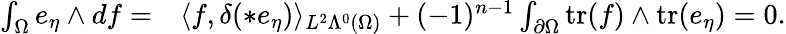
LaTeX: \begin{array}{rl}{\int_{\Omega}e_{\eta}\wedge df=}&{{}\langle f,\delta(\ast e_{\eta})\rangle_{L^{2}\Lambda^{0}(\Omega)}+(-1)^{n-1}\int_{\partial\Omega}\mathrm{tr}(f)\wedge\mathrm{tr}(e_{\eta})=0.}\end{array}